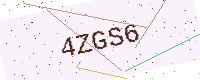
Text: 4ZGS6